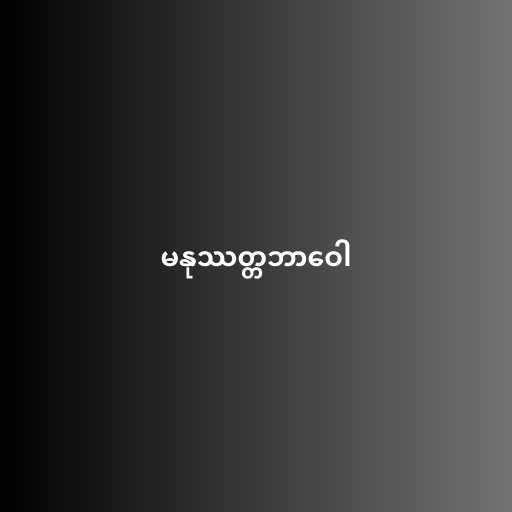
မနုဿတ္တဘာဝေါ